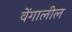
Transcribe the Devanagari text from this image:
वेंगालील